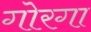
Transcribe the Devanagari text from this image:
गोरगा